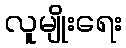
လူမျိုးရေး